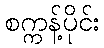
စက္ကန့်ပိုင်း